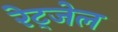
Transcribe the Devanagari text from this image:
रेट्जेल